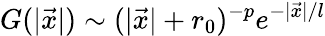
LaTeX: G(|\vec{x}|)\sim(|\vec{x}|+r_{0})^{-p}e^{-|\vec{x}|/l}